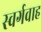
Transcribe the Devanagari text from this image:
स्वर्गवाह